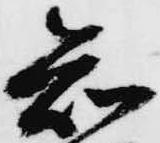
知